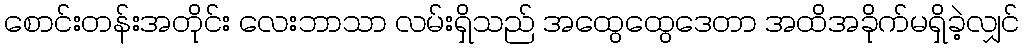
စောင်းတန်းအတိုင်း လေးဘာသာ လမ်းရှိသည် အထွေထွေဒေတာ အထိအခိုက်မရှိခဲ့လျှင်